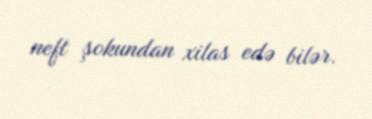
neft şokundan xilas edə bilər.